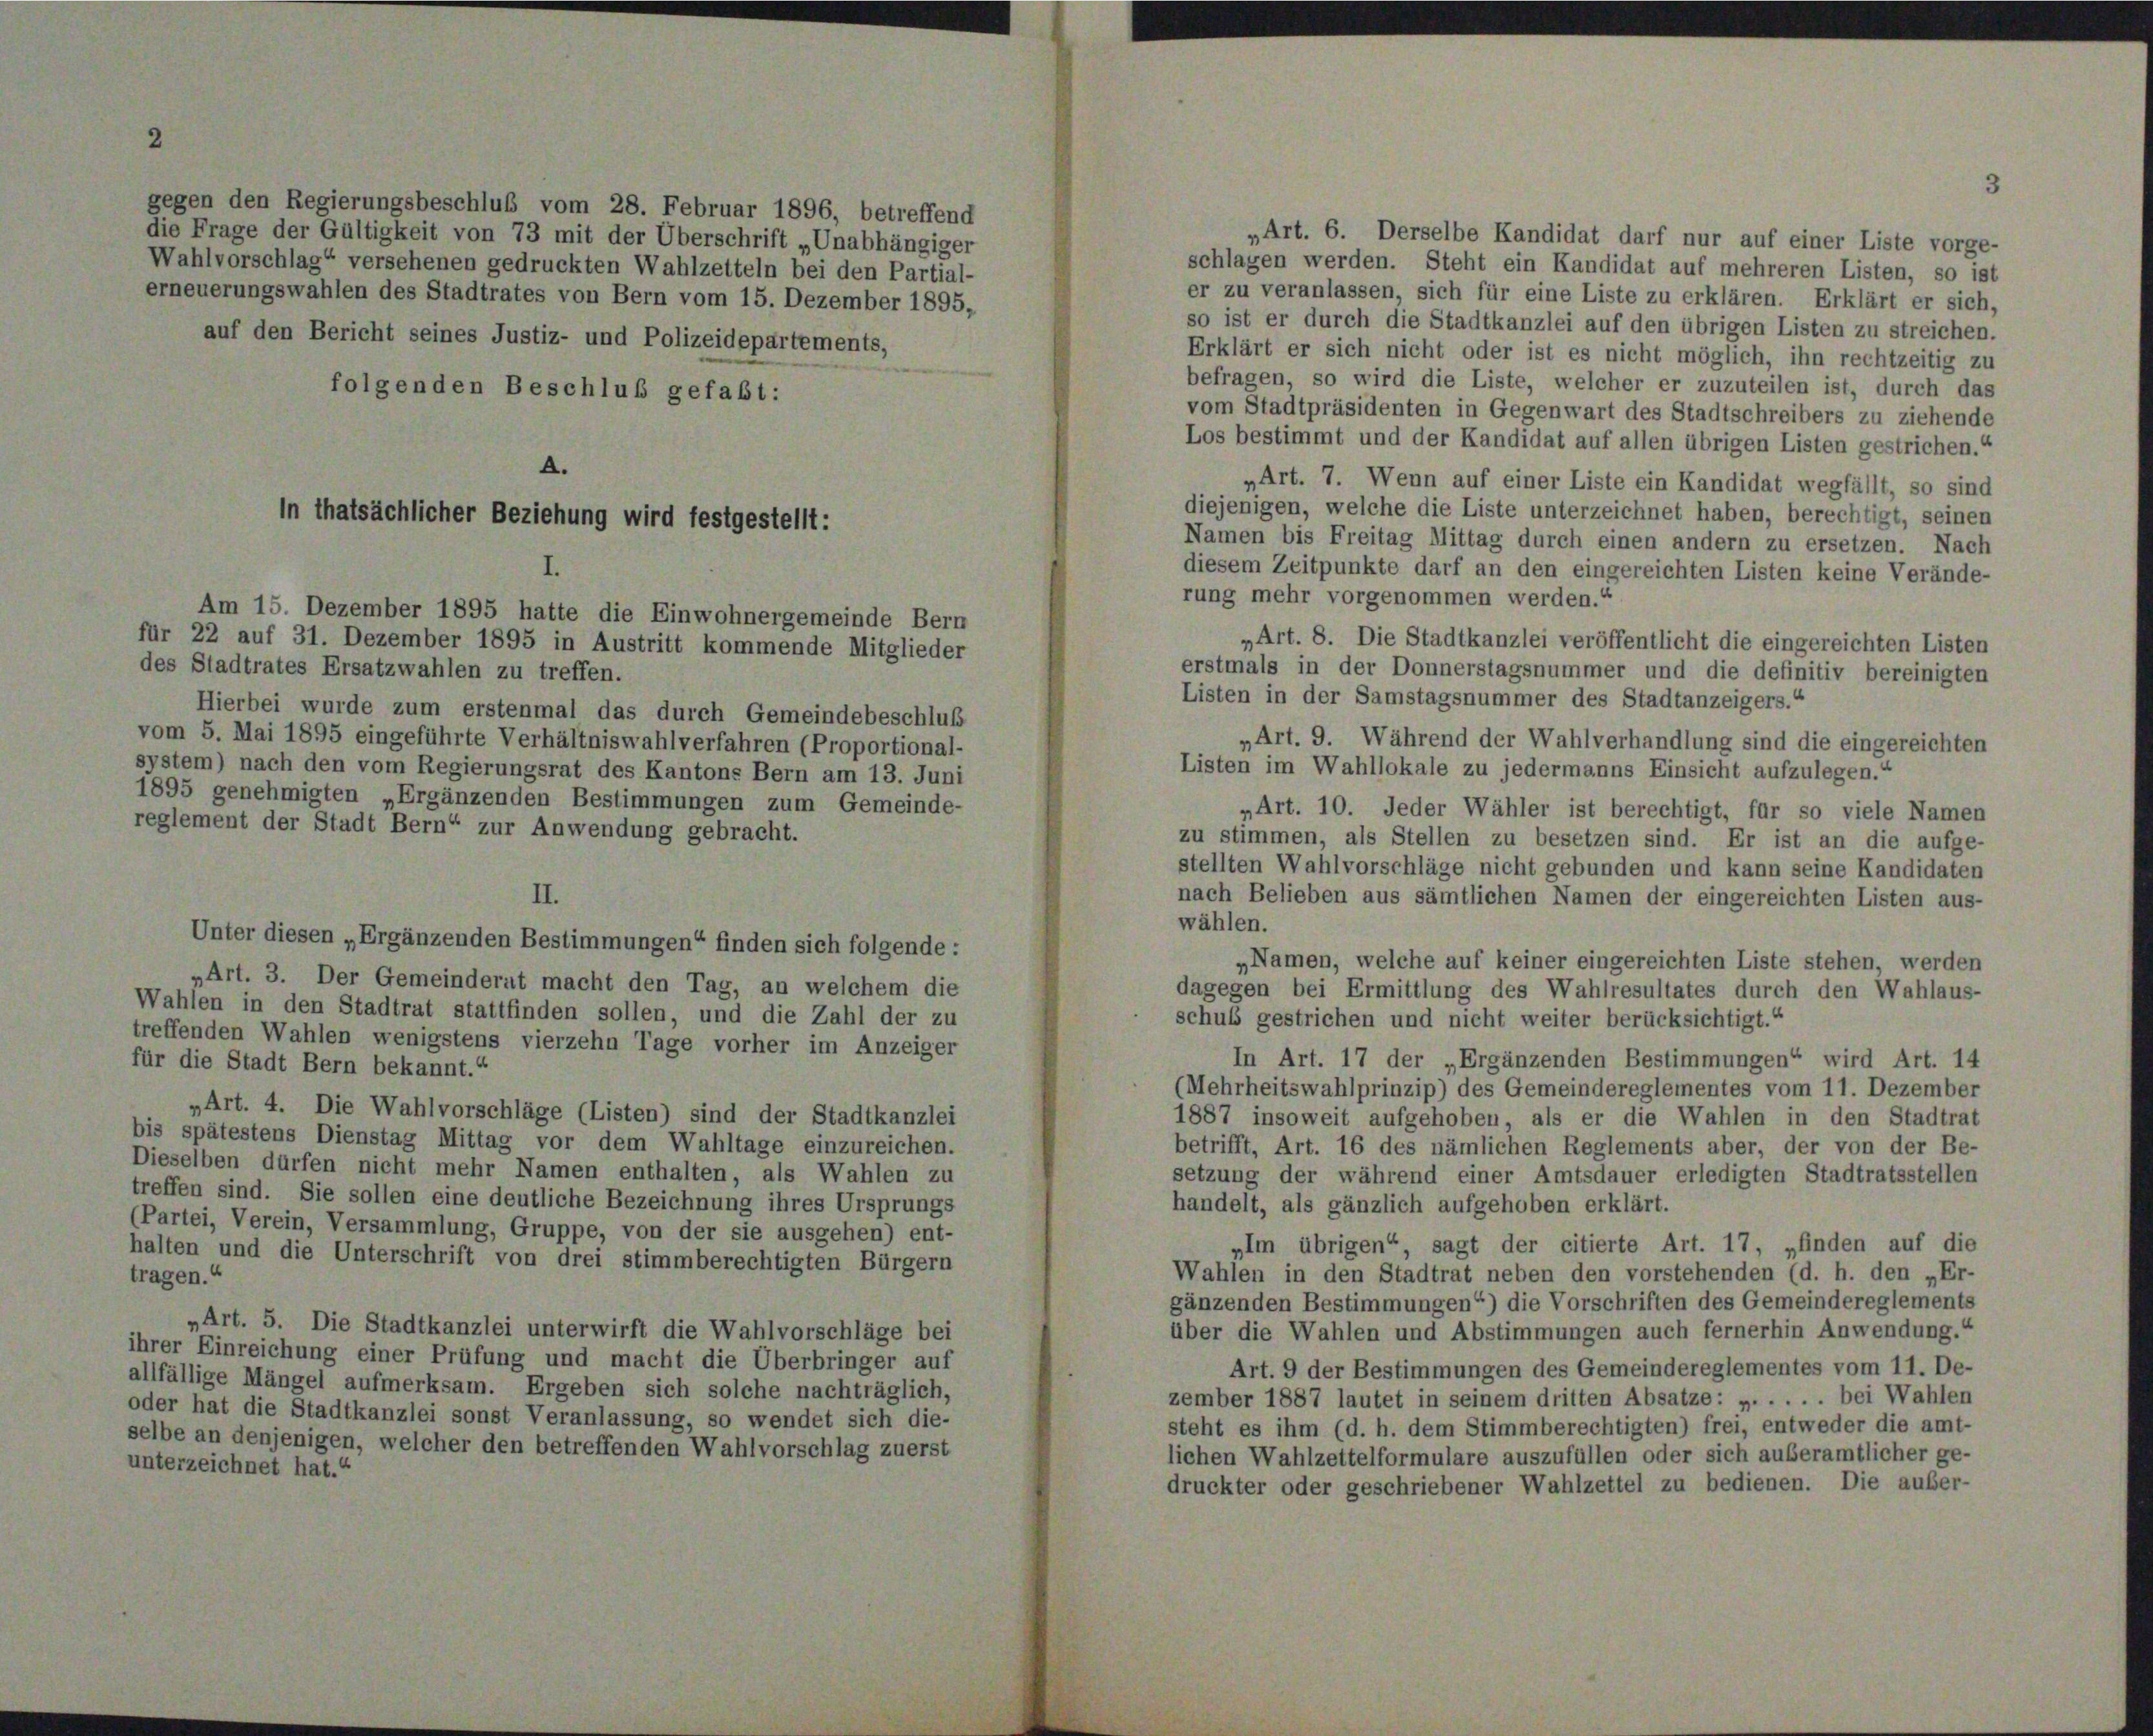
gegen den Regierungsbeschluß vom 28. Februar 1896, betreffend
die Frage der Gültigkeit von 73 mit der Überschrift „Unabhängiger
Wahlvorschlag“ versehenen gedruckten Wahlzetteln bei den Partial-
erneuerungswahlen des Stadtrates von Bern vom 15. Dezember 1895,
auf den Bericht seines Justiz- und Polizeidepartements,
folgenden Beschluß gefaßt:
A.
in thatsächlicher Beziehung wird festgestellt:

„Art. 6. Derselbe Kandidat darf nur auf einer Liste vorge-
schlagen werden. Steht ein Kandidat auf mehreren Listen, so ist
er zu veranlassen, sich für eine Liste zu erklären. Erklärt er sich,
so ist er durch die Stadtkanzlei auf den übrigen Listen zu streichen.
Erklärt er sich nicht oder ist es nicht möglich, ihn rechtzeitig zu
befragen, so wird die Liste, welcher er zuzuteilen ist, durch das
vom Stadtpräsidenten in Gegenwart des Stadtschreibers zu ziehende
Los bestimmt und der Kandidat auf allen übrigen Listen gestrichen.“
„Art. 7. Wenn auf einer Liste ein Kandidat wegfällt, so sind
diejenigen, welche die Liste unterzeichnet haben, berechtigt, seinen
Namen bis Freitag Mittag durch einen andern zu ersetzen. Nach
diesem Zeitpunkte darf an den eingereichten Listen keine Verände-
rung mehr vorgenommen werden.“
Am 15. Dezember 1895 hatte die Einwohnergemeinde Bern
„Art. 8. Die Stadtkanzlei veröffentlicht die eingereichten Listen
für 22 auf 31. Dezember 1895 in Austritt kommende Mitglieder
des Stadtrates Ersatzwahlen zu treffen.
erstmals in der Donnerstagsnummer und die definitiv bereinigten
Listen in der Samstagsnummer des Stadtanzeigers.“
Hierbei wurde zum erstenmal das durch Gemeindebeschluß
vom 5. Mai 1895 eingeführte Verhältniswahlverfahren (Proportional-
„Art. 9. Während der Wahlverhandlung sind die eingereichten
Listen im Wahllokale zu jedermanns Einsicht aufzulegen.
system) nach den vom Regierungsrat des Kantons Bern am 13. Juni
1895 genehmigten „Ergänzenden Bestimmungen zum Gemeinde-
„Art. 10. Jeder Wähler ist berechtigt, für so viele Namen
reglement der Stadt Bern“ zur Anwendung gebracht.
zu stimmen, als Stellen zu besetzen sind. Er ist an die aufge-
stellten Wahlvorschläge nicht gebunden und kann seine Kandidaten
nach Belieben aus sämtlichen Namen der eingereichten Listen aus-
II.
wählen.
Unter diesen „Ergänzenden Bestimmungen“ finden sich folgende :
„Namen, welche auf keiner eingereichten Liste stehen, werden
„Art. 3. Der Gemeinderat macht den Tag, an welchem die
dagegen bei Ermittlung des Wahlresultates durch den Wahlaus-
Wahlen in den Stadtrat stattfinden sollen, und die Zahl der zu
schuß gestrichen und nicht weiter berücksichtigt.“
treffenden Wahlen wenigstens vierzehn Tage vorher im Anzeiger
In Art. 17 der „Ergänzenden Bestimmungen“ wird Art. 14
für die Stadt Bern bekannt.“
(Mehrheitswahlprinzip) des Gemeindereglementes vom 11. Dezember
„Art. 4. Die Wahlvorschläge (Listen) sind der Stadtkanzlei
1887 insoweit aufgehoben, als er die Wahlen in den Stadtrat
bis spätestens Dienstag Mittag vor dem Wahltage einzureichen.
betrifft, Art. 16 des nämlichen Reglements aber, der von der Be-
Dieselben dürfen nicht mehr Namen enthalten, als Wahlen zu
setzung der während einer Amtsdauer erledigten Stadtratsstellen
treffen sind. Sie sollen eine deutliche Bezeichnung ihres Ursprungs
handelt, als gänzlich aufgehoben erklärt.
(Partei, Verein, Versammlung, Gruppe, von der sie ausgehen) ent-
„Im übrigen“, sagt der citierte Art. 17, „finden auf die
halten und die Unterschrift von drei stimmberechtigten Bürgern
Wahlen in den Stadtrat neben den vorstehenden (d. h. den „Er-
tragen.“
gänzenden Bestimmungen“) die Vorschriften des Gemeindereglements
„Art. 5. Die Stadtkanzlei unterwirft die Wahlvorschläge bei
über die Wahlen und Abstimmungen auch fernerhin Anwendung.“
ihrer Einreichung einer Prüfung und macht die Überbringer auf
Art. 9 der Bestimmungen des Gemeindereglementes vom 11. De-
allfällige Mängel aufmerksam. Ergeben sich solche nachträglich,
zember 1887 lautet in seinem dritten Absatze: ». . . . . bei Wahlen
oder hat die Stadtkanzlei sonst Veranlassung, so wendet sich die-
steht es ihm (d. h. dem Stimmberechtigten) frei, entweder die amt-
selbe an denjenigen, welcher den betreffenden Wahlvorschlag zuerst
lichen Wahlzettelformulare auszufüllen oder sich auberamtlicher ge-
unterzeichnet hat.“
druckter oder geschriebener Wahlzettel zu bedienen. Die außer-

3